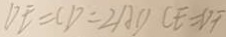
D F = C D = 2 A D C E = D F